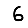
Digit: 6